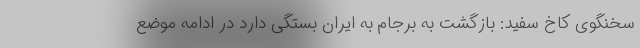
سخنگوی کاخ سفید: بازگشت به برجام به ایران بستگی دارد در ادامه موضع